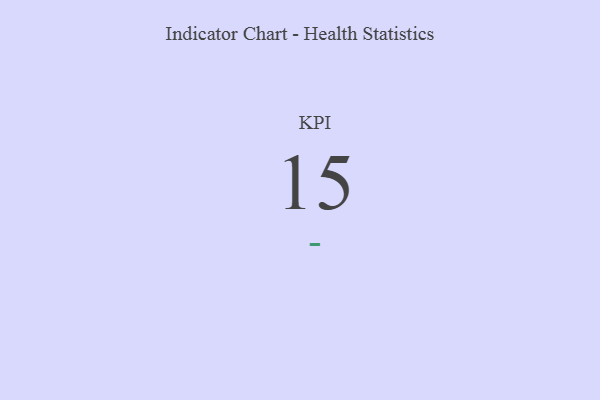
{"axis": {"x": "KPI", "y": "Value"}, "legend": [""], "data": [{"x": "KPI", "y": 15, "type": ""}]}